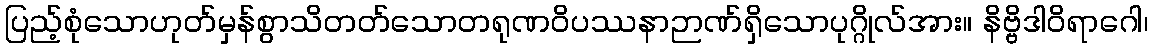
ပြည့်စုံသောဟုတ်မှန်စွာသိတတ်သောတရုဏဝိပဿနာဉာဏ်ရှိသောပုဂ္ဂိုလ်အား။ နိဗ္ဗိဒါဝိရာဂေါ၊